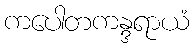
ကပေါတကန္ဒရာယံ